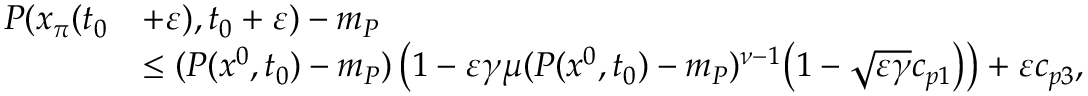
\begin{array} { r l } { P ( x _ { \pi } ( t _ { 0 } } & { + \varepsilon ) , t _ { 0 } + \varepsilon ) - m _ { P } } \\ & { \le ( P ( x ^ { 0 } , t _ { 0 } ) - m _ { P } ) \left( 1 - \varepsilon \gamma \mu ( P ( x ^ { 0 } , t _ { 0 } ) - m _ { P } ) ^ { \nu - 1 } \big ( 1 - \sqrt { \varepsilon \gamma } c _ { p 1 } \big ) \right) + \varepsilon c _ { p 3 } , } \end{array}